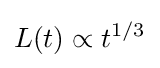
L(t)\propto t^{1/3}